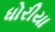
ધોરીયા